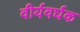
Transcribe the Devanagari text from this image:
वीर्यवर्घक